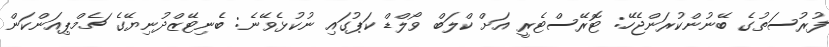
ފުރުސަތުގެ ބޭނުންކުރަންޖެހޭ: ޓޮރޭސްޓެރީ އަށް ކްލަބް ވޯލްޑް ކަޕުގައި ނުކުޅެވޭނެ: ބެނިޓޭޒްދުނިޔޭގެ ޗެމްޕިއަންކަން